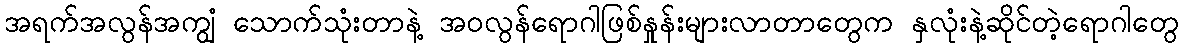
အရက်အလွန်အကျွံ သောက်သုံးတာနဲ့ အဝလွန်ရောဂါဖြစ်နှုန်းများလာတာတွေက နှလုံးနဲ့ဆိုင်တဲ့ရောဂါတွေ